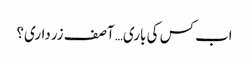
اب کس کی باری… آصف زرداری؟